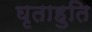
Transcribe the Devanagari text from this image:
घृताहुति